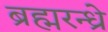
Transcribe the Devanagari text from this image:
ब्रह्मरन्ध्रे